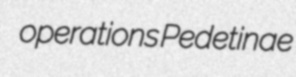
operations Pedetinae